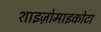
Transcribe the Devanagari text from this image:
शाइज़ोमाइकोटा